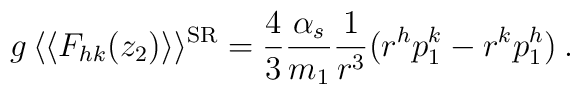
g \, \langle\langle F_{hk}(z_2) \rangle\rangle^{{\rm SR}} =  \frac{4}{3}\frac{\alpha_s}{m_1} \frac{1}{r^3} ( r^hp_1^k - r^kp_1^h ) \> .